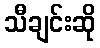
သီချင်းဆို